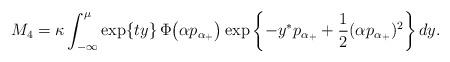
LaTeX: \begin{align*}M_{4} = \kappa \int_{-\infty}^{\mu} \exp\{ty\} \,\Phi\big( \alpha p_{\alpha_{+}} \big)\exp\left\{ -y^{\ast} p_{\alpha_{+}} +\frac{1}{2}(\alpha p_{\alpha_{+}} )^{2} \right\} dy. \end{align*}